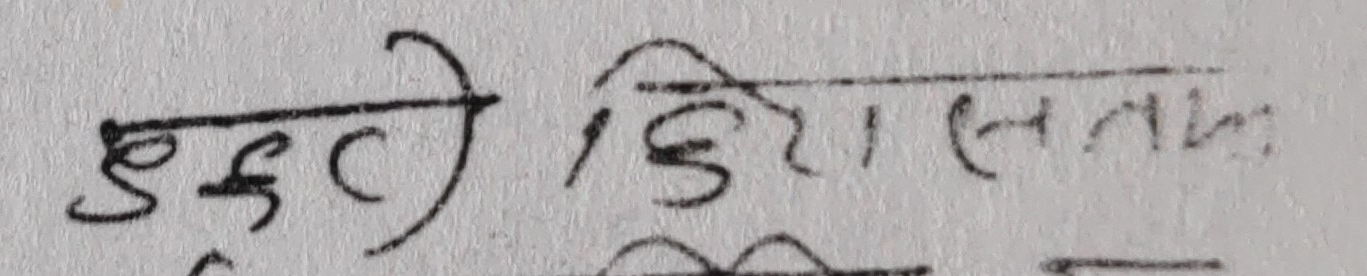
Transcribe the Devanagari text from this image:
मुक्तै हिरा सतः